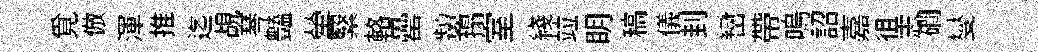
覓倣渾推迄覘琴𧰟犖繄輅罍顰搨室綫竝眀稿儀刲巒帶嗚詔嘉徂志磵燮